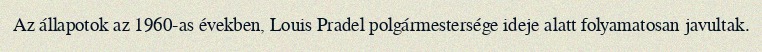
Az állapotok az 1960-as években, Louis Pradel polgármestersége ideje alatt folyamatosan javultak.